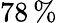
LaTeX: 78\, \%